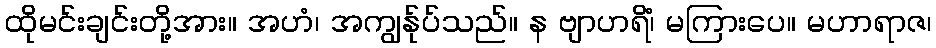
ထိုမင်းချင်းတို့အား။ အဟံ၊ အကျွန်ုပ်သည်။ န ဗျာဟရိံ၊ မကြားပေ။ မဟာရာဇ၊